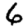
Digit: 6